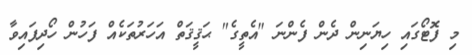
މި ފޮޓޯގައި ހިޔަނިން ދެން ފެންނަ "އެތީގެ" ޙަޤީޤަތް އަހަރުތަކެއް ފަހުން ހޯދިފައިވާ